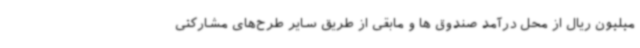
میلیون ریال از محل درآمد صندوق ها و مابقی از طریق سایر طرح‌های مشارکتی